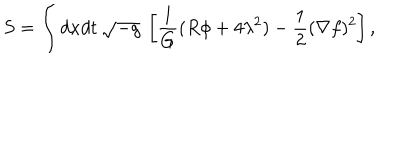
S = \int d x d t \: \sqrt { - { g } } \: \left[ \frac { 1 } { G } ( R \phi + 4 \lambda ^ { 2 } ) - \frac { 1 } { 2 } ( \nabla f ) ^ { 2 } \right] ,